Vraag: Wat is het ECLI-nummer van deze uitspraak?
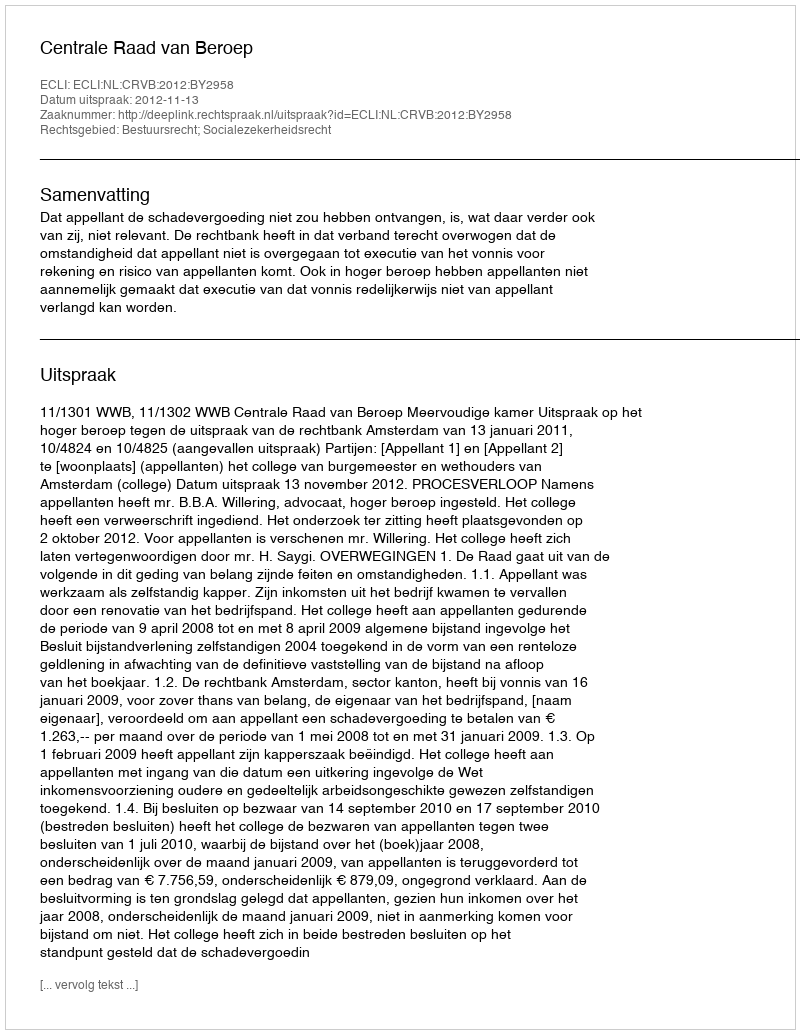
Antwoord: ECLI:NL:CRVB:2012:BY2958